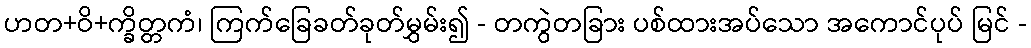
ဟတ+ဝိ+က္ခိတ္တကံ၊ ကြက်ခြေခတ်ခုတ်မွှမ်း၍ - တကွဲတခြား ပစ်ထားအပ်သော အကောင်ပုပ် မြင် -